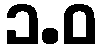
၁.ဝ